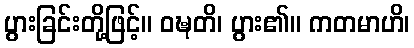
ပွားခြင်းတို့ဖြင့်။ ဝဍ္ဎတိ၊ ပွား၏။ ကတမာဟိ၊